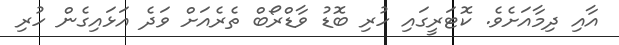
އާއި ދިމާއަށެވެ. ކޮޓަރީގައި ހުރި ބޮޑު ވާޑްރޯބް ތެރެއަށް ވަދެ އަޅައިގެން ހުރި